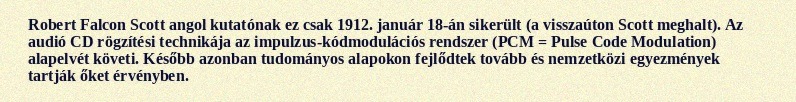
Robert Falcon Scott angol kutatónak ez csak 1912. január 18-án sikerült (a visszaúton Scott meghalt). Az audió CD rögzítési technikája az impulzus-kódmodulációs rendszer (PCM = Pulse Code Modulation) alapelvét követi. Később azonban tudományos alapokon fejlődtek tovább és nemzetközi egyezmények tartják őket érvényben.